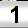
Digit: 1